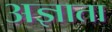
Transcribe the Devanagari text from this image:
अज्ञाता